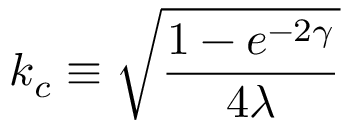
k _ { c } \equiv \sqrt { \frac { 1 - e ^ { - 2 \gamma } } { 4 \lambda } }